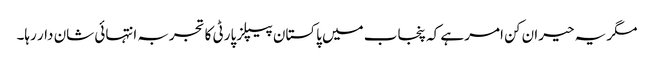
مگر یہ حیران کن امر ہے کہ پنجاب میں پاکستان پیپلز پارٹی کا تجربہ انتہائی شان دار رہا۔